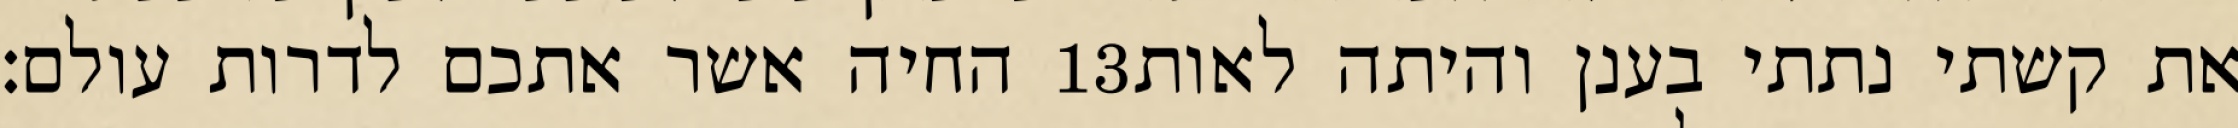
החיה אשר אתכם לדרות עולם׃ ‎13‏ את קשתי נתתי בענן והיתה לאות